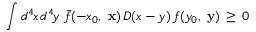
\int d ^ { 4 } \! x \, d ^ { 4 } \! y \; \bar { f } ( - x _ { 0 } , \mathrm { \bf ~ x } ) \, D ( x - y ) \, f ( y _ { 0 } , \mathrm { \bf ~ y } ) \, \ge \, 0